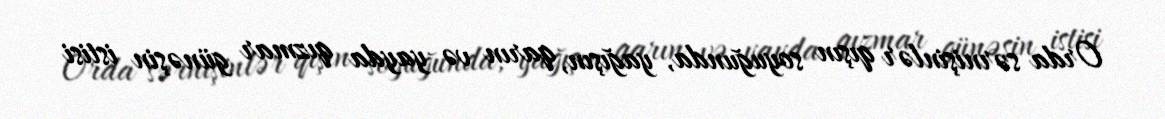
Orda sərnişinlər qışın soyuğunda, yağışın, qarın və yayda qızmar günəşin istisi